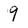
Character: 9